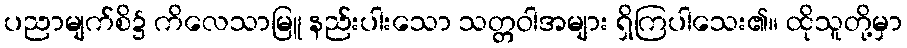
ပညာမျက်စိ၌ ကိလေသာမြူ နည်းပါးသော သတ္တဝါအများ ရှိကြပါသေး၏။ ထိုသူတို့မှာ